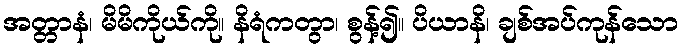
အတ္တာနံ၊ မိမိကိုယ်ကို။ နိရံကတွာ၊ စွန့်၍။ ပိယာနိ၊ ချစ်အပ်ကုန်သော